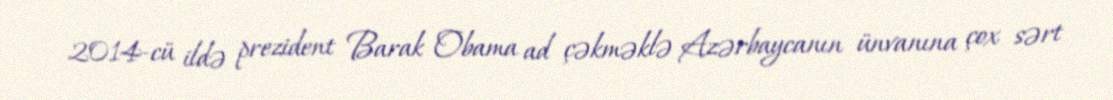
2014-cü ildə prezident Barak Obama ad çəkməklə Azərbaycanın ünvanına çox sərt